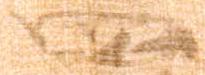
四